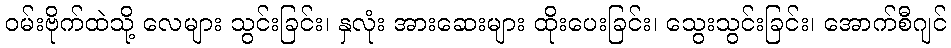
ဝမ်းဗိုက်ထဲသို့ လေများ သွင်းခြင်း၊ နှလုံး အားဆေးများ ထိုးပေးခြင်း၊ သွေးသွင်းခြင်း၊ အောက်စီဂျင်